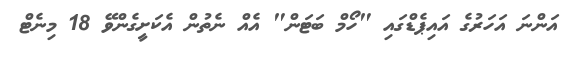
އަންނަ އަހަރުގެ އައިޕެޑްގައި "ހޯމް ބަޓަން" އެއް ނެތުން އެކަށީގެންވޭ 18 މިނެޓް